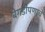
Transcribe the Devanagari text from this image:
बेगडीपणाचे